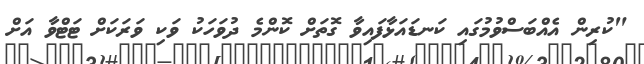
"ކުރިން އެއްބަސްވުމުގައި ކަނޑައަޅާފައިވާ ގޮތަށް ކޮންމެ ދުވަހަކު ވަކި ވަރަކަށް ޓަޓްވާ އަށް